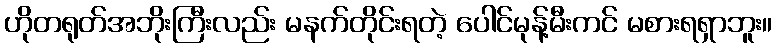
ဟိုတရုတ်အဘိုးကြီးလည်း မနက်တိုင်းရတဲ့ ပေါင်မုန့်မီးကင် မစားရရှာဘူး။